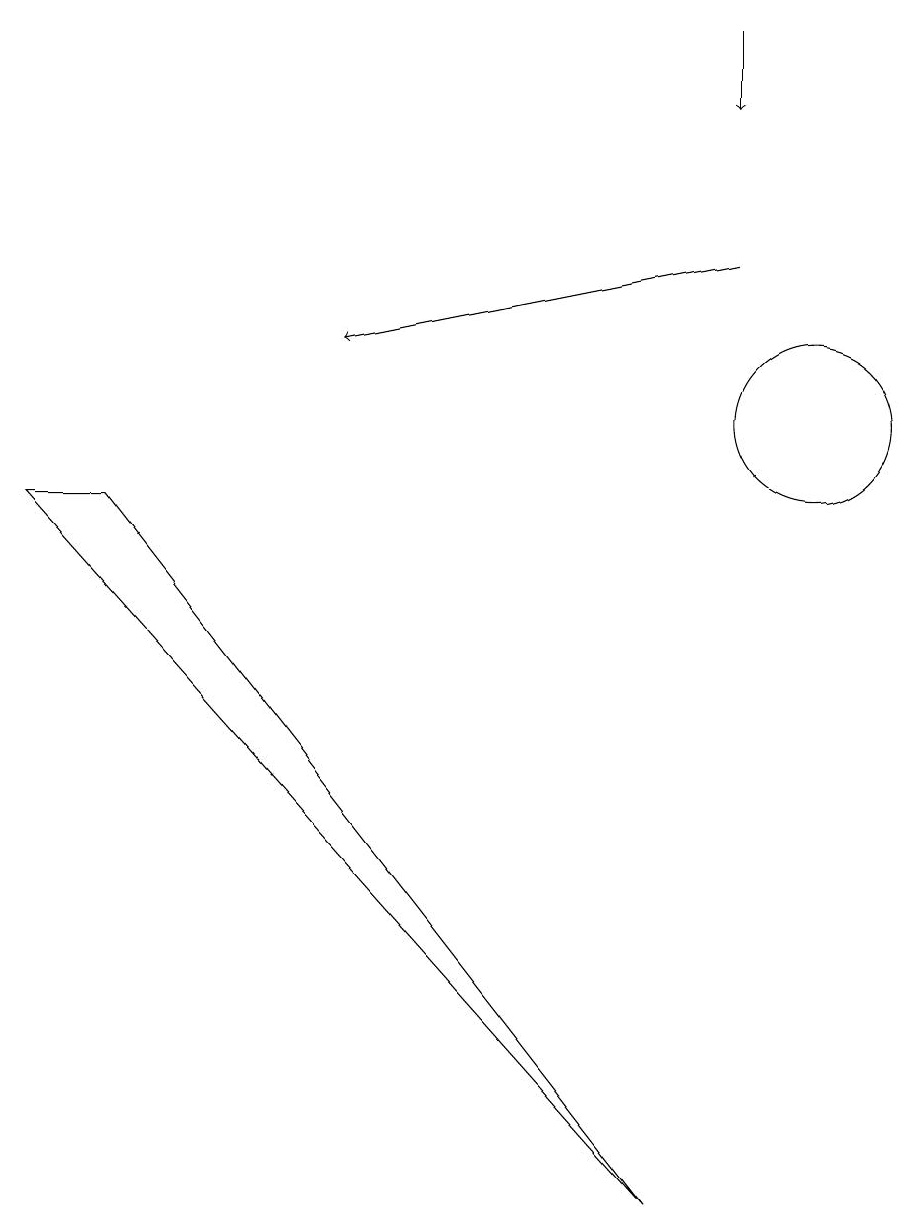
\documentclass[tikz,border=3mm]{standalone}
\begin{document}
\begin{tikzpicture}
\draw[->] (9,15) -- (9,14);
\draw (1,9) -- (8,0) -- (0,9) -- cycle;
\draw (10,10) circle (1);
\draw[->] (9,12) -- (4,11);
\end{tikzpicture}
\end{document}